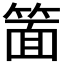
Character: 𮅥